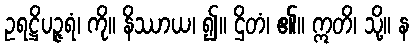
ဥရဋ္ဌိပဉ္ဇရံ၊ ကို။ နိဿာယ၊ ၍။ ဌိတံ၊ ၏။ ဣတိ၊ သို့။ န